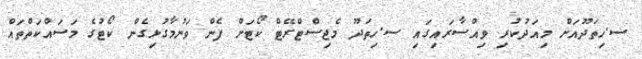
ސ.ހިތަދޫއަށް މިއަދުކުރި ވިއްސާރައިގައި ސ.ހިތަދޫ މެޖިސްޓްރޭޓް ކޯޓަށް ފެން ވަނުމާގުޅިގެން ކޯޓުގެ މަސައްކަތްތައް